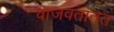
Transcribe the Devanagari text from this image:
वाजवतातत